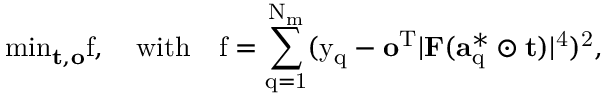
\mathrm { { m i n } _ { \mathbf { t } , \mathbf { o } } f , \quad \mathrm { { w i t h } \quad f = \sum _ { q = 1 } ^ { N _ { m } } ( y _ { q } - \mathbf { o } ^ { T } \lvert \mathbf { F } ( \mathbf { a } _ { q } ^ { * } \odot \mathbf { t } ) \rvert ^ { 4 } ) ^ { 2 } , } }